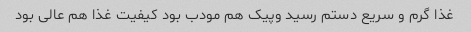
غذا گرم و سریع دستم رسید وپیک هم مودب بود کیفیت غذا هم عالی بود